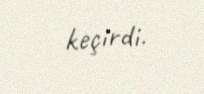
keçirdi.